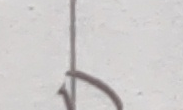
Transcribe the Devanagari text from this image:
श